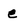
Character: e